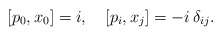
\begin{align*}[p_0, x_0] = i, \quad [p_i, x_j] = -i \, \delta_{ij}.\end{align*}